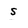
Character: s